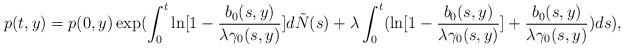
LaTeX: \begin{align*}p(t,y)=p(0,y) \exp(\int_0^t \ln[1-\frac{b_0(s,y)}{\lambda\gamma_0(s,y)}]d\tilde{N}(s) + \lambda \int_0^t (\ln[1-\frac{b_0(s,y)}{\lambda\gamma_0(s,y)}]+\frac{b_0(s,y)}{\lambda\gamma_0(s,y)})ds),\end{align*}